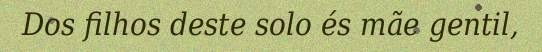
Dos filhos deste solo és mãe gentil,